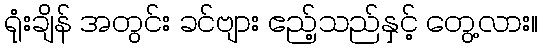
ရုံးချိန် အတွင်း ခင်ဗျား ဧည့်သည်နှင့် တွေ့လား။